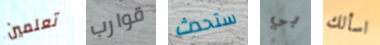
تعلمين قوارب ستحدث بي اسألك